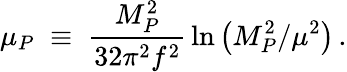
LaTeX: \mu_{P}\; \equiv\; {\frac{M_{P}^{2}}{32\pi^{2}f^{2}}}\ln{\left(M_{P}^{2}/\mu^{2}\right)}\, .